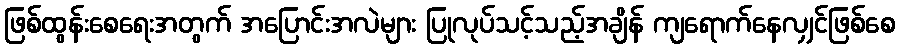
ဖြစ်ထွန်းစေရေးအတွက် အပြောင်းအလဲများ ပြုလုပ်သင့်သည့်အချိန် ကျရောက်နေလျှင်ဖြစ်စေ